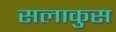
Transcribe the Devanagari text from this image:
सलाकुस